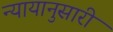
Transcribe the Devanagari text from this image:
न्यायानुसारी